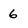
Character: 6